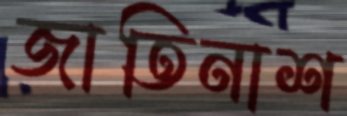
জাতিনাশ